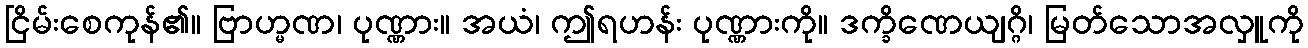
ငြိမ်းစေကုန်၏။ ဗြာဟ္မဏ၊ ပုဏ္ဏား။ အယံ၊ ဤရဟန်း ပုဏ္ဏားကို။ ဒက္ခိဏေယျဂ္ဂိ၊ မြတ်သောအလှူကို